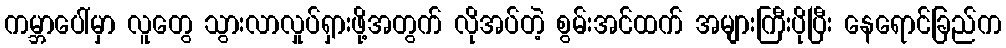
ကမ္ဘာပေါ်မှာ လူတွေ သွားလာလှုပ်ရှားဖို့အတွက် လိုအပ်တဲ့ စွမ်းအင်ထက် အများကြီးပိုပြီး နေရောင်ခြည်က